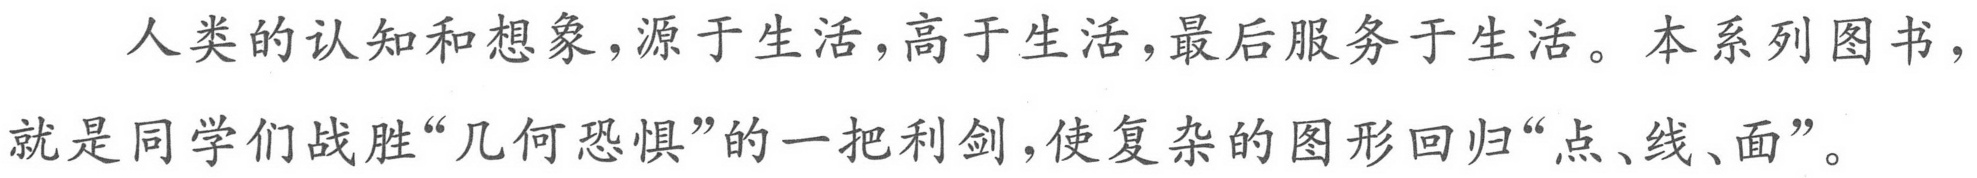
人类的认知和想象，源于生活，高于生活，最后服务于生活。本系列图书，就是同学们战胜“几何恐惧”的一把利剑，使复杂的图形回归“点、线、面”。